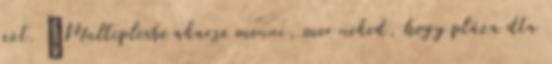
azt. „Multiplexbe akarsz menni, mer neked, hogy pláza dta